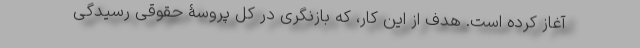
آغاز کرده است. هدف از این کار، که بازنگری در کل پروسۀ حقوقی رسیدگی